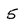
Character: 5